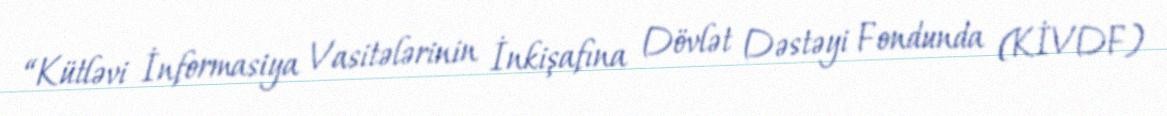
“Kütləvi İnformasiya Vasitələrinin İnkişafına Dövlət Dəstəyi Fondunda (KİVDF)